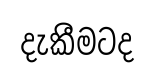
දැකීමටද